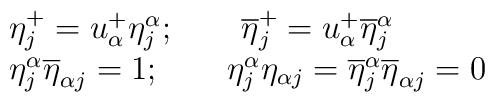
\begin{array}{lcr}\eta^+_j=u^+_\alpha\eta^\alpha_j;\qquad \overline{\eta}^+_j=u^+_\alpha\overline{\eta}^\alpha_j \\\eta^\alpha_j \overline{\eta}_{\alpha j}=1;\qquad \eta^\alpha_j {\eta}_{\alpha j}=\overline{\eta}^\alpha_j \overline{\eta}_{\alpha j}=0 \end{array}